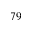
7 9